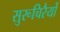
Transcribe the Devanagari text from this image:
सुरूचिरैर्यो